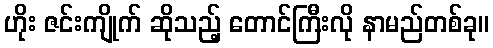
ဟိုး ဇင်းကျိုက် ဆိုသည့် တောင်ကြီးလို နာမည်တစ်ခု။